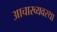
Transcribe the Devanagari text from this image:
आचारव्यवस्था